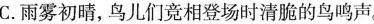
C.雨雾初晴，鸟儿们竞相登场时清脆的鸟鸣声。